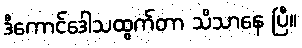
ဒီကောင်ဒေါသထွက်တာ သိသာနေ ပြီ။